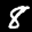
Label: 8